Annual report of the Prince of Wales Medical College, Patna
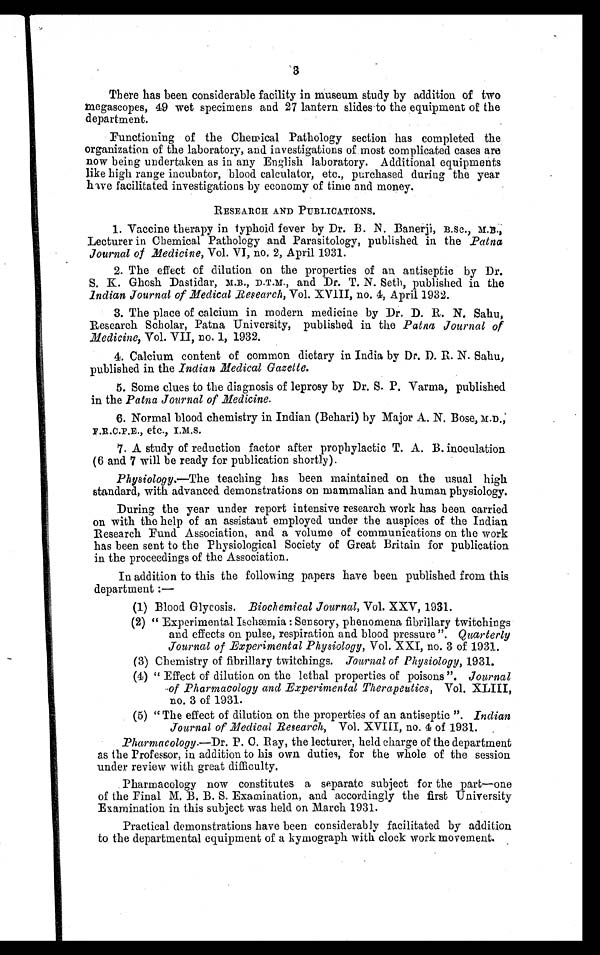
3
There has been considerable facility in museum study by addition of two
megascopes, 49 wet specimens and 27 lantern slides to the equipment of the
department.
Functioning of the Chemical Pathology section has completed the
organization of the laboratory, and investigations of most complicated cases are
now being undertaken as in any English laboratory. Additional equipments
like high range incubator, blood calculator, etc., purchased during the year
have facilitated investigations by economy of time and money.
RESEARCH AND PUBLICATIONS.
1. Vaccine therapy in typhoid fever by Dr. B. N. Banerji, B.Sc., M.B.,
Lecturer in Chemical Pathology and Parasitology, published in the Patna
Journal of Medicine , Vol. VI, no. 2, April 1931.
2. The effect of dilution on the properties of an antiseptic by Dr.
S . K . G h o s h D a s t i d a r , M . B . , D . T . M . , a n d D r . T . N . S e t h , p u b l i s h e d i n t h e
Indian Journal of Medical Research, Vol. XVIII, no. 4, April 1932.
3. The place of calcium in modern medicine by Dr. D. R. N. Sahu,
Research Scholar, Patna University, published in the Patna Journal of
Medicine, Vol. VII, no. 1, 1932.
4. Calcium content of common dietary in India by Dr. D. R. N. Sahu,
published in the Indian Medical Gazette.
5. Some clues to the diagnosis of leprosy by Dr. S. P. Varma, published
in the Patna Journal of Medicine.
6. Normal blood chemistry in Indian (Behari) by Major A. N. Bose, M.D.,
F.B.C.P.E., etc.,I.M.S.
7. A study of reduction factor after prophylactic T. A. B. inoculation
(6 and 7 will be ready for publication shortly).
Physiology .—The teaching has been maintained on the usual high
standard, with advanced demonstrations on mammalian and human physiology.
During the year under report intensive research work has been carried
on with the help of an assistant employed under the auspices of the Indian
Research Fund Association, and a volume of communications on the work
has been sent to the Physiological Society of Great Britain for publication
in the proceedings of the Association.
In addition to this the following papers have been published from this
department :—
(1) Blood Glycosis. Biochemical Journal, Vol. XXV, 1931.
(2)
“ E x p e r i m e n t a l I s c h æ m i a : S e n s o r y , p h e n o m e n a f i b r i l l a r y t w i t c h i n g s
and effects on pulse, respiration and. blood pressure ”. Quarterly
Journal of Experimental Physiology, Vol. XXI, no. 3 of 1931.
(3) Chemistry of fibrillary twitchings. Journal of Physiology, 1931.
(4)
“ E f f e c t o f d i l u t i o n o n t h e l e t h a l p r o p e r t i e s o f p o i s o n s ” .J
o u r n a l
of Pharmacology and Experimental Therapeutics, Vol. XLIII,
no. 3 of 1931.
(5)
“ The effect of dilution on the properties of an antiseptic ”. Indian
Journal of Medical Research, Vol. XVIII, no. of 1931.
Pharmacology.—Dr. P. C. Bay, the lecturer, held charge of the department
as the Professor, in addition to his own duties, for the whole of the session
under review with great difficulty.
Pharmacology now constitutes a separate subject for the part—one
of the Final M. B. B. S. Examination, and accordingly the first University
Examination in this subject was held on March 1931.
Practical demonstrations have been considerably facilitated by addition
to the departmental equipment of a kymograph with clock work movement.